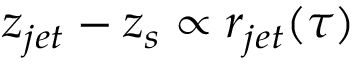
z _ { j e t } - z _ { s } \propto r _ { j e t } ( \tau )